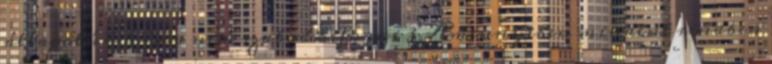
állapotú kocsiba nem szabad befogni 3 Amennyiben mindent rendben